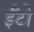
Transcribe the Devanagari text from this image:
ईँटो